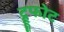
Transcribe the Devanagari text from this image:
ट्रूफोट